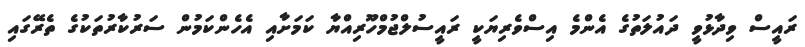
ރައީސް ވިދާޅުވީ ދައުލަތުގެ އެންމެ އިސްވެރިޔަކީ ރައީސުލްޖުމްހޫރިއްޔާ ކަމަށާއި އެހެންކަމުން ސަރުކާރުތަކުގެ ތެރޭގައި